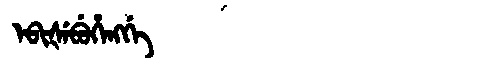
Manchu: ᡝᠪᡳᡧᡝᠪᡠᡥᡝᠩᡤᡝ
Romanization: EBIŠEBUHENGGE